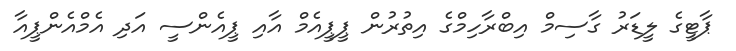
ޕާޓީގެ ލީޑަރު ގާސިމް އިބްރާހިމްގެ އިތުރުން ޕީޕީއެމް އާއި ޕީއެންސީ އަދި އެމްއެންޕީއާ